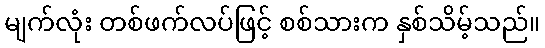
မျက်လုံး တစ်ဖက်လပ်ဖြင့် စစ်သားက နှစ်သိမ့်သည်။